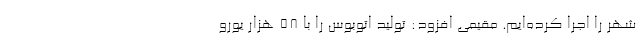
شهر را اجرا کرده‌ایم. مقیمی افزود: تولید اتوبوس را با ۵۸ هزار یورو